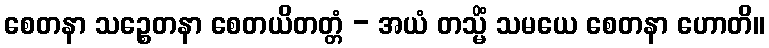
စေတနာ သဉ္စေတနာ စေတယိတတ္တံ - အယံ တသ္မိံ သမယေ စေတနာ ဟောတိ။